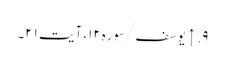
۹. ↑ یوسف/سوره۱۲، آیت ۲۱۔